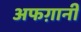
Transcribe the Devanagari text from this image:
अफग़ानी